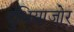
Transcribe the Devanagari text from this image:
दुधियाजोर